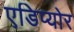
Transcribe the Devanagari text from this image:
एडिप्योर